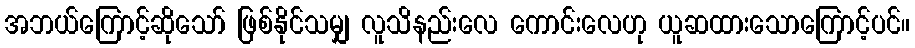
အဘယ်ကြောင့်ဆိုသော် ဖြစ်နိုင်သမျှ လူသိနည်းလေ ကောင်းလေဟု ယူဆထားသောကြောင့်ပင်။